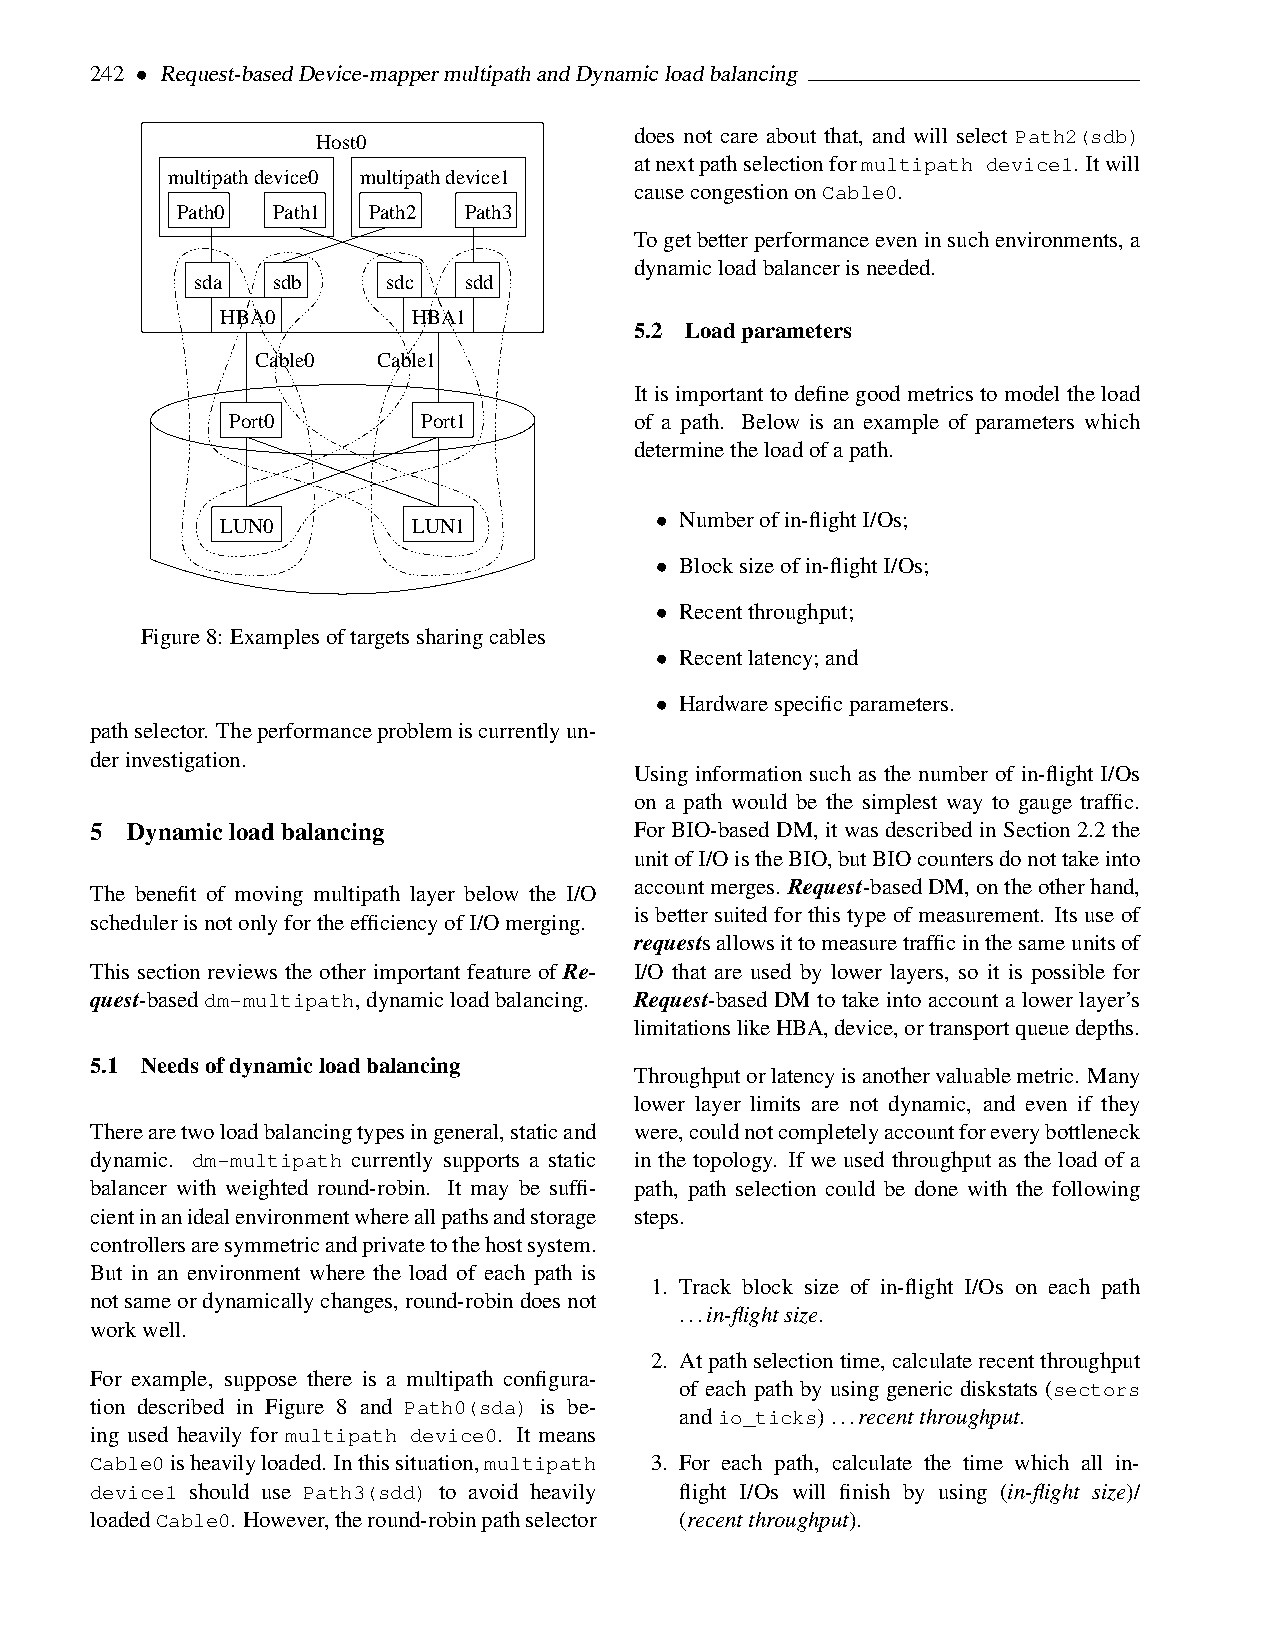
242 • Request-basedDevice-mappermultipathandDynamicloadbalancing
 does not care about that, and will select Path2(sdb)
 Host0
 atnextpathselectionformultipath device1. Itwill
 multipath device0 multipath device1
 causecongestiononCable0.
 Path0 Path1 Path2  Path3
 Togetbetterperformanceeveninsuchenvironments,a
 dynamicloadbalancerisneeded.
 sda  sdb     sdc  sdd
 HBA0        HBA1
 5.2 Loadparameters
 Cable0  Cable1
 Itisimportanttodefinegoodmetricstomodeltheload
 Port0        Port1         of a path. Below is an example of parameters which
 determinetheloadofapath.
 • Numberofin-flightI/Os;
 LUN0        LUN1
 • Blocksizeofin-flightI/Os;
 • Recentthroughput;
 Figure8: Examplesoftargetssharingcables
 • Recentlatency;and
 • Hardwarespecificparameters.
 pathselector. Theperformanceproblemiscurrentlyun-
 derinvestigation.
 Using information such as the number of in-flight I/Os
 on a path would be the simplest way to gauge traffic.
 5 Dynamicloadbalancing              For BIO-based DM, it was described in Section 2.2 the
 unitofI/OistheBIO,butBIOcountersdonottakeinto
 accountmerges. Request-basedDM,ontheotherhand,
 The benefit of moving multipath layer below the I/O
 is better suited for this type of measurement. Its use of
 schedulerisnotonlyfortheefficiencyofI/Omerging.
 requestsallowsittomeasuretrafficinthesameunitsof
 This section reviews the other important feature of Re- I/O that are used by lower layers, so it is possible for
 quest-baseddm-multipath,dynamicloadbalancing. Request-based DM to take into account a lower layer’s
 limitationslikeHBA,device,ortransportqueuedepths.
 5.1 Needsofdynamicloadbalancing
 Throughputorlatencyisanothervaluablemetric. Many
 lower layer limits are not dynamic, and even if they
 Therearetwoloadbalancingtypesingeneral,staticand were,couldnotcompletelyaccountforeverybottleneck
 dynamic. dm-multipath currently supports a static in the topology. If we used throughput as the load of a
 balancer with weighted round-robin. It may be suffi- path, path selection could be done with the following
 cientinanidealenvironmentwhereallpathsandstorage steps.
 controllersaresymmetricandprivatetothehostsystem.
 But in an environment where the load of each path is
 1. Track block size of in-flight I/Os on each path
 notsameordynamicallychanges,round-robindoesnot
 ...in-flightsize.
 workwell.
 2. Atpathselectiontime,calculaterecentthroughput
 For example, suppose there is a multipath configura-
 of each path by using generic diskstats (sectors
 tion described in Figure 8 and Path0(sda) is be-
 andio_ticks)...recentthroughput.
 ing used heavily for multipath device0. It means
 Cable0isheavilyloaded. Inthissituation,multipath 3. For each path, calculate the time which all in-
 device1 should use Path3(sdd) to avoid heavily flight I/Os will finish by using (in-flight size)/
 loadedCable0. However,theround-robinpathselector (recentthroughput).